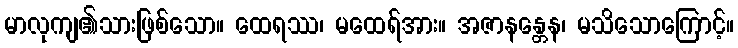
မာလုကျ၏သားဖြစ်သော။ ထေရဿ၊ မထေရ်အား။ အဇာနန္တေန၊ မသိသောကြောင့်။